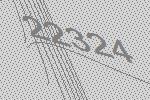
22324